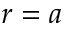
r = a